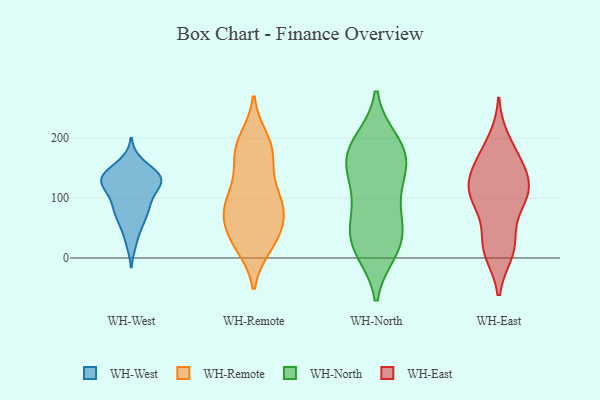
{"axis": {"x": "Budget (USD K)", "y": "Value"}, "legend": ["WH-East", "WH-North", "WH-Remote", "WH-West"], "data": [{"x": "", "y": 61, "type": "WH-West"}, {"x": "", "y": 128, "type": "WH-West"}, {"x": "", "y": 131, "type": "WH-West"}, {"x": "", "y": 88, "type": "WH-West"}, {"x": "", "y": 139, "type": "WH-West"}, {"x": "", "y": 159, "type": "WH-West"}, {"x": "", "y": 86, "type": "WH-West"}, {"x": "", "y": 89, "type": "WH-West"}, {"x": "", "y": 113, "type": "WH-West"}, {"x": "", "y": 131, "type": "WH-West"}, {"x": "", "y": 132, "type": "WH-West"}, {"x": "", "y": 26, "type": "WH-West"}, {"x": "", "y": 142, "type": "WH-West"}, {"x": "", "y": 60, "type": "WH-West"}, {"x": "", "y": 122, "type": "WH-West"}, {"x": "", "y": 21, "type": "WH-Remote"}, {"x": "", "y": 79, "type": "WH-Remote"}, {"x": "", "y": 161, "type": "WH-Remote"}, {"x": "", "y": 85, "type": "WH-Remote"}, {"x": "", "y": 50, "type": "WH-Remote"}, {"x": "", "y": 127, "type": "WH-Remote"}, {"x": "", "y": 87, "type": "WH-Remote"}, {"x": "", "y": 195, "type": "WH-Remote"}, {"x": "", "y": 183, "type": "WH-Remote"}, {"x": "", "y": 19, "type": "WH-Remote"}, {"x": "", "y": 98, "type": "WH-Remote"}, {"x": "", "y": 79, "type": "WH-Remote"}, {"x": "", "y": 41, "type": "WH-Remote"}, {"x": "", "y": 109, "type": "WH-Remote"}, {"x": "", "y": 77, "type": "WH-Remote"}, {"x": "", "y": 199, "type": "WH-Remote"}, {"x": "", "y": 46, "type": "WH-Remote"}, {"x": "", "y": 23, "type": "WH-Remote"}, {"x": "", "y": 181, "type": "WH-Remote"}, {"x": "", "y": 159, "type": "WH-Remote"}, {"x": "", "y": 12, "type": "WH-North"}, {"x": "", "y": 175, "type": "WH-North"}, {"x": "", "y": 22, "type": "WH-North"}, {"x": "", "y": 175, "type": "WH-North"}, {"x": "", "y": 104, "type": "WH-North"}, {"x": "", "y": 16, "type": "WH-North"}, {"x": "", "y": 141, "type": "WH-North"}, {"x": "", "y": 73, "type": "WH-North"}, {"x": "", "y": 168, "type": "WH-North"}, {"x": "", "y": 195, "type": "WH-North"}, {"x": "", "y": 194, "type": "WH-North"}, {"x": "", "y": 57, "type": "WH-North"}, {"x": "", "y": 25, "type": "WH-North"}, {"x": "", "y": 153, "type": "WH-North"}, {"x": "", "y": 129, "type": "WH-North"}, {"x": "", "y": 56, "type": "WH-North"}, {"x": "", "y": 18, "type": "WH-East"}, {"x": "", "y": 116, "type": "WH-East"}, {"x": "", "y": 156, "type": "WH-East"}, {"x": "", "y": 100, "type": "WH-East"}, {"x": "", "y": 145, "type": "WH-East"}, {"x": "", "y": 195, "type": "WH-East"}, {"x": "", "y": 11, "type": "WH-East"}, {"x": "", "y": 99, "type": "WH-East"}, {"x": "", "y": 110, "type": "WH-East"}, {"x": "", "y": 17, "type": "WH-East"}, {"x": "", "y": 30, "type": "WH-East"}, {"x": "", "y": 148, "type": "WH-East"}, {"x": "", "y": 173, "type": "WH-East"}, {"x": "", "y": 103, "type": "WH-East"}, {"x": "", "y": 105, "type": "WH-East"}]}